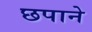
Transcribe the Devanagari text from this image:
छपाने